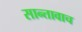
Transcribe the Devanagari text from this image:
सान्तावाच